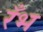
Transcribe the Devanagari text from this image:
रँभ